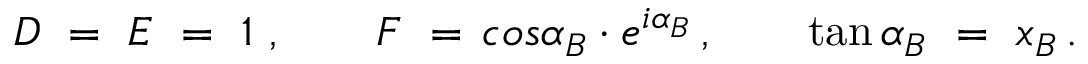
D \ = \ E \ = \ 1 \ , \qquad F \ = \, c o s \alpha _ { B } \cdot e ^ { i \alpha _ { B } } \, , \qquad \tan \alpha _ { B } \ = \ x _ { B } \, .